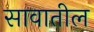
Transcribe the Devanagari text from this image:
सावातील